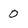
Character: 0